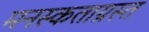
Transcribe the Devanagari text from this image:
मनस्कताग्रस्त